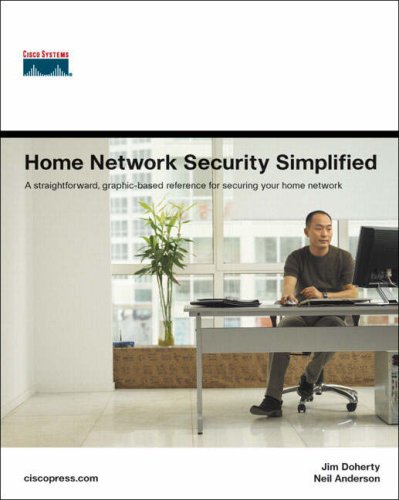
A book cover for Home Network Security Simplified; Jim Doherty; Computers & Technology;